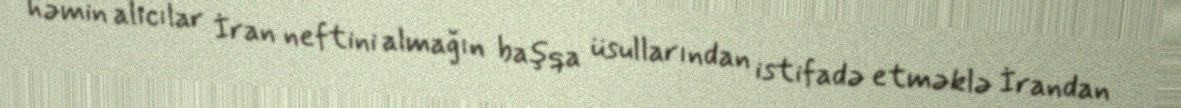
həmin alıcılar İran neftini almağın başqa üsullarından istifadə etməklə İrandan